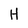
Character: H